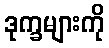
ဒုက္ခများကို